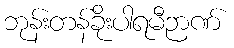
ဘုန်းတန်ခိုးပါရမီဉာဏ်